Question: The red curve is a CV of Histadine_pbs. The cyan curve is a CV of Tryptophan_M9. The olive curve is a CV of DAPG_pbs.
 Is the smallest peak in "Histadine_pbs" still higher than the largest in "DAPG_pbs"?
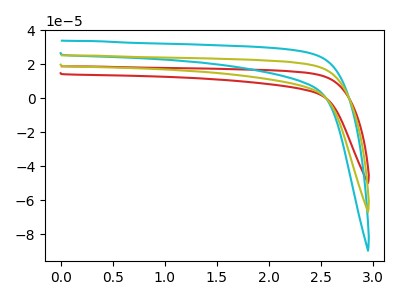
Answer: <think>The red curve "Histadine_pbs" has no peaks. The cyan curve "Tryptophan_M9" has no peaks. The olive curve "DAPG_pbs" has no peaks.</think>
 <answer>Niether CV has any peaks.</answer>
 <eval>blanks</eval>